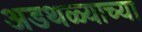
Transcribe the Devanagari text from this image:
अडथळ्याच्या